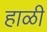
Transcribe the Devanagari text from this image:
हाळी